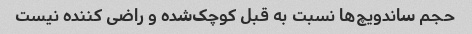
حجم ساندویچ‌ها نسبت به قبل کوچک‌شده و راضی کننده نیست